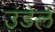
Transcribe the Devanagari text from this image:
उंडेले